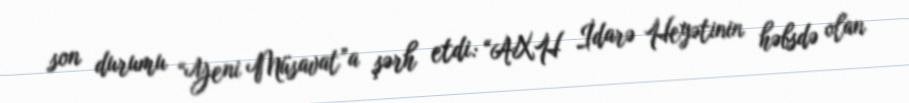
son durumu “Yeni Müsavat”a şərh etdi: “AXH İdarə Heyətinin həbsdə olan